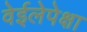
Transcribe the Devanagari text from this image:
वेईलेपेक्षा